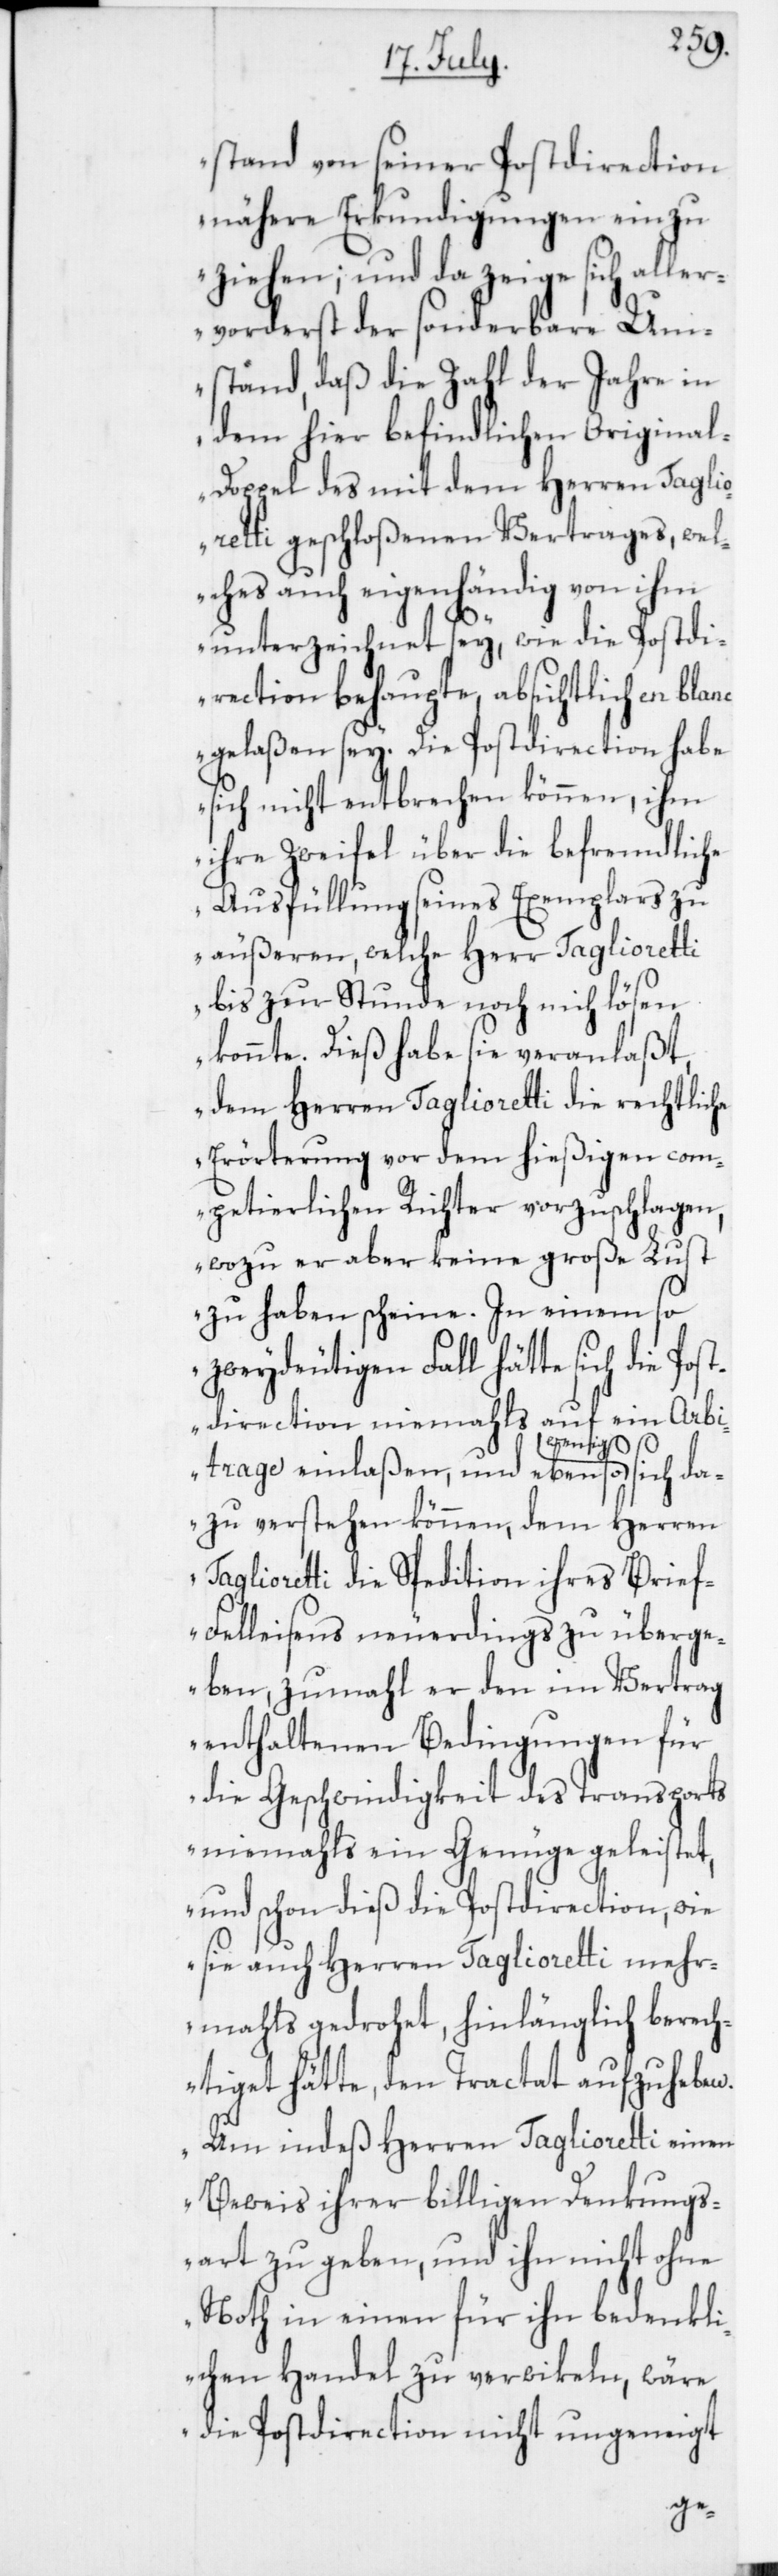
stand von seiner Postdirection
nähere Erkundigungen einzu
ziehen; und da zeige sich aller¬
vorderst der sonderbare Um¬
stand, daß die Zahl der Jahre in
dem hier befindlichen Origina¬
l-Doppel des mit dem Herren Taglio¬
retti geschloßenen Vertrages, wel¬
ches auch eigenhändig von ihm
unterzeichnet sey, wie die Postdi¬
rection behaupte, absichtlich en
gelaßen sey. Die Postdirection habe
sich nicht entbrechen können, ihm
ihre Zweyfel über die befremdliche
Ausfüllung seines Exemplars zu
äußeren, welche Herr Taglioretti
bis zur Stunde nocht nicht lösen
konnte. Dieß habe sie veranlaßt,
dem Herren Taglioretti die rechtliche
Erörterung vor dem hießigen com¬
petierlichen Richter vorzuschlagen,
wozu er aber keine große Lust
zu haben scheine. In einem so
zweydeutigen Fall hätte sich die Pos¬
tdirection niemahls auf ein Arbi¬
trage einlaßen, und ebenso wenig sich da¬
zu verstehen können, dem Herren
Taglioretti die Spedition ihres Brie¬
f-Felleisens neuerdings zu überge¬
ben, zumahl er den im Vertrag
enthaltenen Bedingungen für
die Geschwindigkeit des Transports
niemahls ein Genüge geleistet,
und schon dieß die Postdirection, wie
sie auch Herren Taglioretti mehr¬
mahls gedrohet, hinlänglich berech¬
tiget hätte, den Tractat aufzugeben.
Um indeß Herren Taglioretti einen
Beweis ihrer billigen Denkungs¬
art zu geben, und ihn nicht ohne
Noth in einen für ihn bedenkli¬
chen Handel zu verwikeln, wäre
die Postdirection nicht ungeneigt